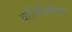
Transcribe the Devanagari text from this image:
वालिशिऐनम